Indian journal of veterinary science and animal husbandry - Volume 14,
Year: 1944
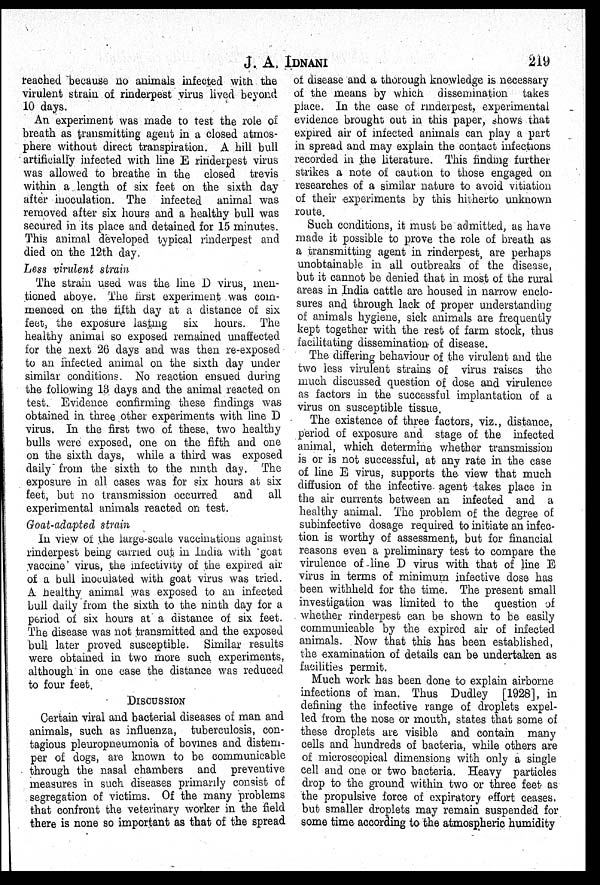
J.
A.
IDNANI
219
reached because no animals infected with the
virulent strain of rinderpest virus lived beyond
10 days.
An experiment was made to test the role of
breath as transmitting agent in a closed atmos-
phere without direct transpiration. A hill bull
artificially infected with line E rinderpest virus
was allowed to breathe in the closed trevis
within a length of six feet on the sixth day
after inoculation. The infected animal was
removed after six hours and a healthy bull was
secured in its place and detained for 15 minutes.
This animal developed typical rinderpest and
died on the 12th day.
Less virulent strain
The strain used was the line D virus, men-
tioned above. The first experiment was com-
menced on the fifth day at a distance of six
feet, the exposure lasting six hours. The
healthy animal so exposed remained unaffected
for the next 26 days and was then re-exposed
to an infected animal on the sixth day under
similar conditions. No reaction ensued during
the following 13 days and the animal reacted on
test. Evidence confirming these findings was
obtained in three other experiments with line D
virus. In the first two of these, two healthy
bulls were exposed, one on the fifth and one
on the sixth days, while a third was exposed
daily from the sixth to the ninth day. The
exposure in all cases was for six hours at six
feet, but no transmission occurred and all
experimental animals reacted on test.
Goat-adapted strain
In view of the large-scale vaccinations against
rinderpest being carried out in India with goat
vaccine' virus, the infectivity of the expired air
of a bull inoculated with goat virus was tried.
A healthy animal was exposed to an infected
bull daily from the sixth to the ninth day for a
period of six hours at a distance of six feet.
The disease was not transmitted and the exposed
bull later proved susceptible. Similar results
were obtained in two more such experiments,
although in one case the distance was reduced
to four feet.
DISCUSSION
Certain viral and bacterial diseases of man and
animals, such as influenza, tuberculosis, con-
tagious pleuropneumonia of bovines and distem-
per of dogs, are known to be communicable
through the nasal chambers and preventive
measures in such diseases primarily consist of
segregation of victims. Of the many problems
that confront the veterinary worker in the field
there is none so important as that of the spread
of disease and a thorough knowledge is necessary
of the means by which dissemination takes
place. In the case of rinderpest, experimental
evidence brought out in this paper, shows that
expired air of infected animals can play a part
in spread and may explain the contact infections
recorded in the literature. This finding further-
strikes a note of caution to those engaged on
researches of a similar nature to avoid vitiation
of their experiments by this hitherto unknown
route.
Such conditions, it must be admitted, as have
made it possible to prove the role of breath as
a transmitting agent in rinderpest, are perhaps
unobtainable in all outbreaks of the disease,
but it cannot be denied that in most of the rural
areas in India cattle are housed in narrow enclo-
sures and through lack of proper understanding
of animals hygiene, sick animals are frequently
kept together with the rest of farm stock, thus
facilitating dissemination of disease.
The differing behaviour of the virulent and the
two less virulent strains of virus raises the
much discussed question of dose and virulence
as factors in the successful implantation of a
virus on susceptible tissue.
The existence of three factors, viz., distance,
period of exposure and stage of the infected
animal, which determine whether transmission
is or is not successful, at any rate in the case
of line E virus, supports the view that much
diffusion of the infective agent takes place in
the air currents between an infected and a
healthy animal. The problem of the degree of
subinfective dosage required to initiate an infec-
tion is worthy of assessment, but for financial
reasons even a preliminary test to compare the
virulence of line D virus with that of line E
virus in terms of minimum infective dose has
been withheld for the time. The present small
investigation was limited to the question of
whether rinderpest can be shown to be easily
communicable by the expired air of infected
animals. Now that this has been established,
the examination of details can be undertaken as
facilities permit.
Much work has been done to explain airborne
infections of man. Thus Dudley [1928], in
defining the infective range of droplets expel-
led from the nose or mouth, states that some of
these droplets are visible and contain many
cells and hundreds of bacteria, while others are
of microscopical dimensions with only a single
cell and one or two bacteria. Heavy particles
drop to the ground within two or three feet as
the propulsive force of expiratory effort ceases,
but smaller droplets may remain suspended for
some time according to the atmospheric humidity